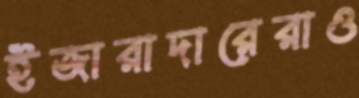
ইজারাদারেরাও